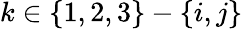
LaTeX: k\in\{ 1,2,3\} -\{ i,j\}